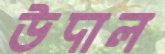
উদাল